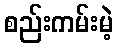
စည်းကမ်းမဲ့